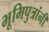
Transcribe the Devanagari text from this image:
भूमिपुत्रांनी